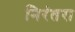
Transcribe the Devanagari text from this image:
निरंतरा